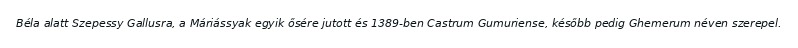
Béla alatt Szepessy Gallusra, a Máriássyak egyik ősére jutott és 1389-ben Castrum Gumuriense, később pedig Ghemerum néven szerepel.